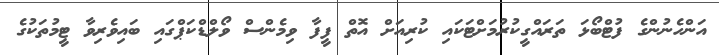
އަންހެނުންގެ ފުޓްބޯޅަ ތަރައްގީކުރުމަށްޓަކައި ކުރިއަށް އޮތް ފީފާ ވިމެންސް ވޯލްޑްކަޕްގައި ބައިވެރިވާ ޓީމުތަކުގެ